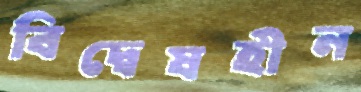
বিদ্বেষহীন